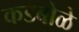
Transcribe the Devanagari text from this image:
कडबोळे